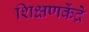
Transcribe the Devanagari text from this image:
शिक्षणकेंद्रे